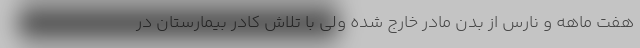
هفت ماهه و نارس از بدن مادر خارج شده ولی با تلاش کادر بیمارستان در